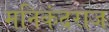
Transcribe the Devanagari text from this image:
मनिकंदराज